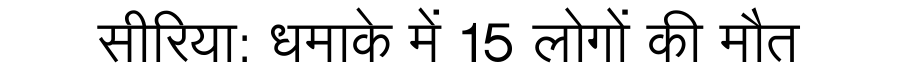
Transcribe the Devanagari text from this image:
सीरिया: धमाके में 15 लोगों की मौत